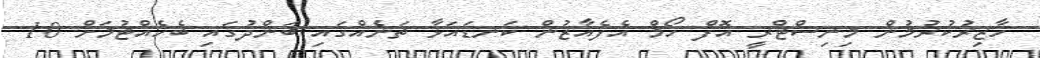
ހާޒިރުކުރުމުން މިނިސްޓްރީ އޮފް ހޯމް އެފެއާޒުން ކަނޑައަޅާ ތަނެއްގައި ބަންދުގައި ބެހެއްޓުމަށް 10